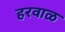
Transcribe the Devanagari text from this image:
हरवाळ